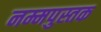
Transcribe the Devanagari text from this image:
नम्मपुस्तक